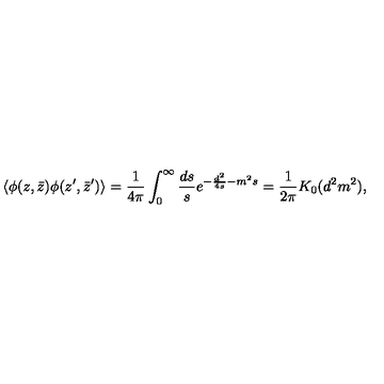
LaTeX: \langle \phi ( z , \bar { z } ) \phi ( z ^ { \prime } , \bar { z } ^ { \prime } ) \rangle = { \frac { 1 } { 4 \pi } } \int _ { 0 } ^ { \infty } { \frac { d s } { s } } e ^ { - { \frac { d ^ { 2 } } { 4 s } } - m ^ { 2 } s } = { \frac { 1 } { 2 \pi } } K _ { 0 } ( d ^ { 2 } m ^ { 2 } ) ,